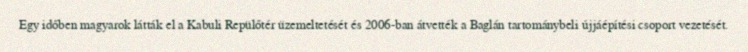
Egy időben magyarok látták el a Kabuli Repülőtér üzemeltetését és 2006-ban átvették a Baglán tartománybeli újjáépítési csoport vezetését.